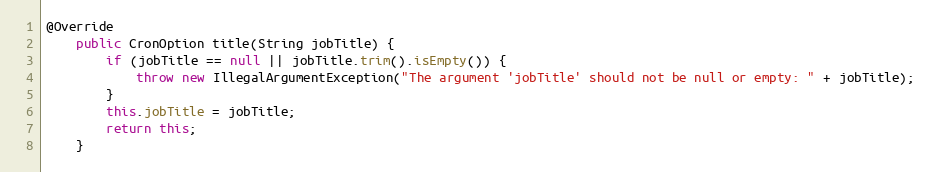
Language: Java
@Override
    public CronOption title(String jobTitle) {
        if (jobTitle == null || jobTitle.trim().isEmpty()) {
            throw new IllegalArgumentException("The argument 'jobTitle' should not be null or empty: " + jobTitle);
        }
        this.jobTitle = jobTitle;
        return this;
    }